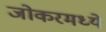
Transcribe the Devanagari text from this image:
जोकरमध्ये